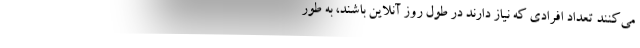
می‌کنند تعداد افرادی که نیاز دارند در طول روز آنلاین باشند، به طور